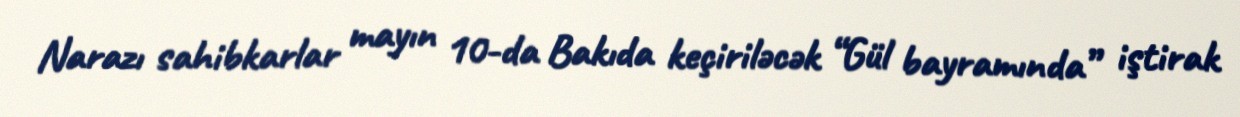
Narazı sahibkarlar mayın 10-da Bakıda keçiriləcək “Gül bayramında” iştirak